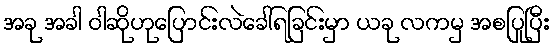
အခု အခါ ဝါဆိုဟုပြောင်းလဲခေါ်ရခြင်းမှာ ယခု လကမှ အစပြုပြီး